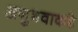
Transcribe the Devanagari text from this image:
अनुभवाकडे